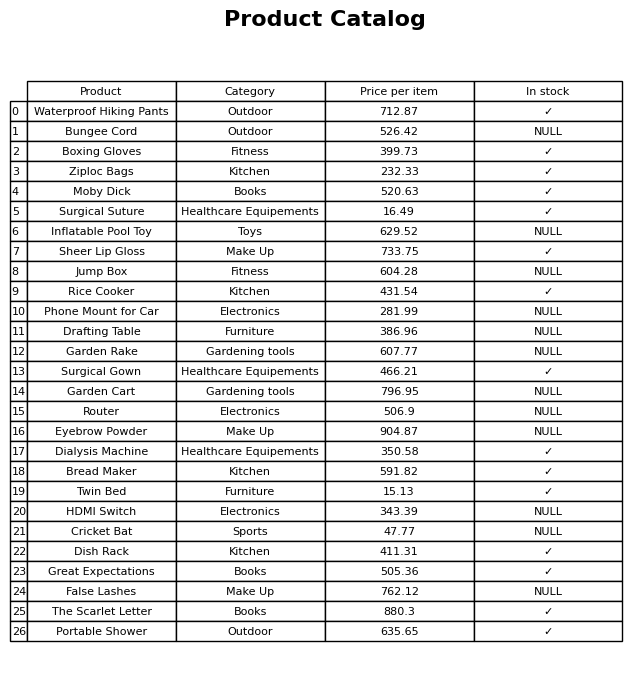
question: Which products are currently out of stock?
answer: Bungee Cord, Inflatable Pool Toy, Jump Box, Phone Mount for Car, Drafting Table, Garden Rake, Garden Cart, Router, Eyebrow Powder, HDMI Switch, Cricket Bat, False Lashes